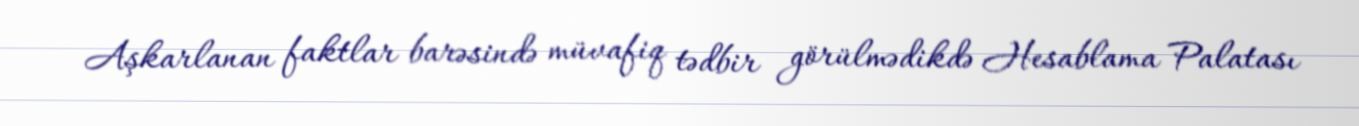
Aşkarlanan faktlar barəsində müvafiq tədbir görülmədikdə Hesablama Palatası